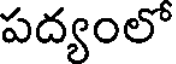
పద్యంలో